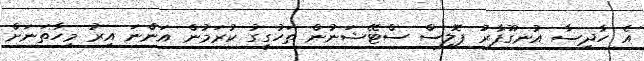
އެ ހާދިސާ އުނގޫފާރު ޕޮލިސް ސްޓޭޝަނުން ތަހުގީގު ކުރަމުން އަންނަ އިރު މިހާތަނަށް